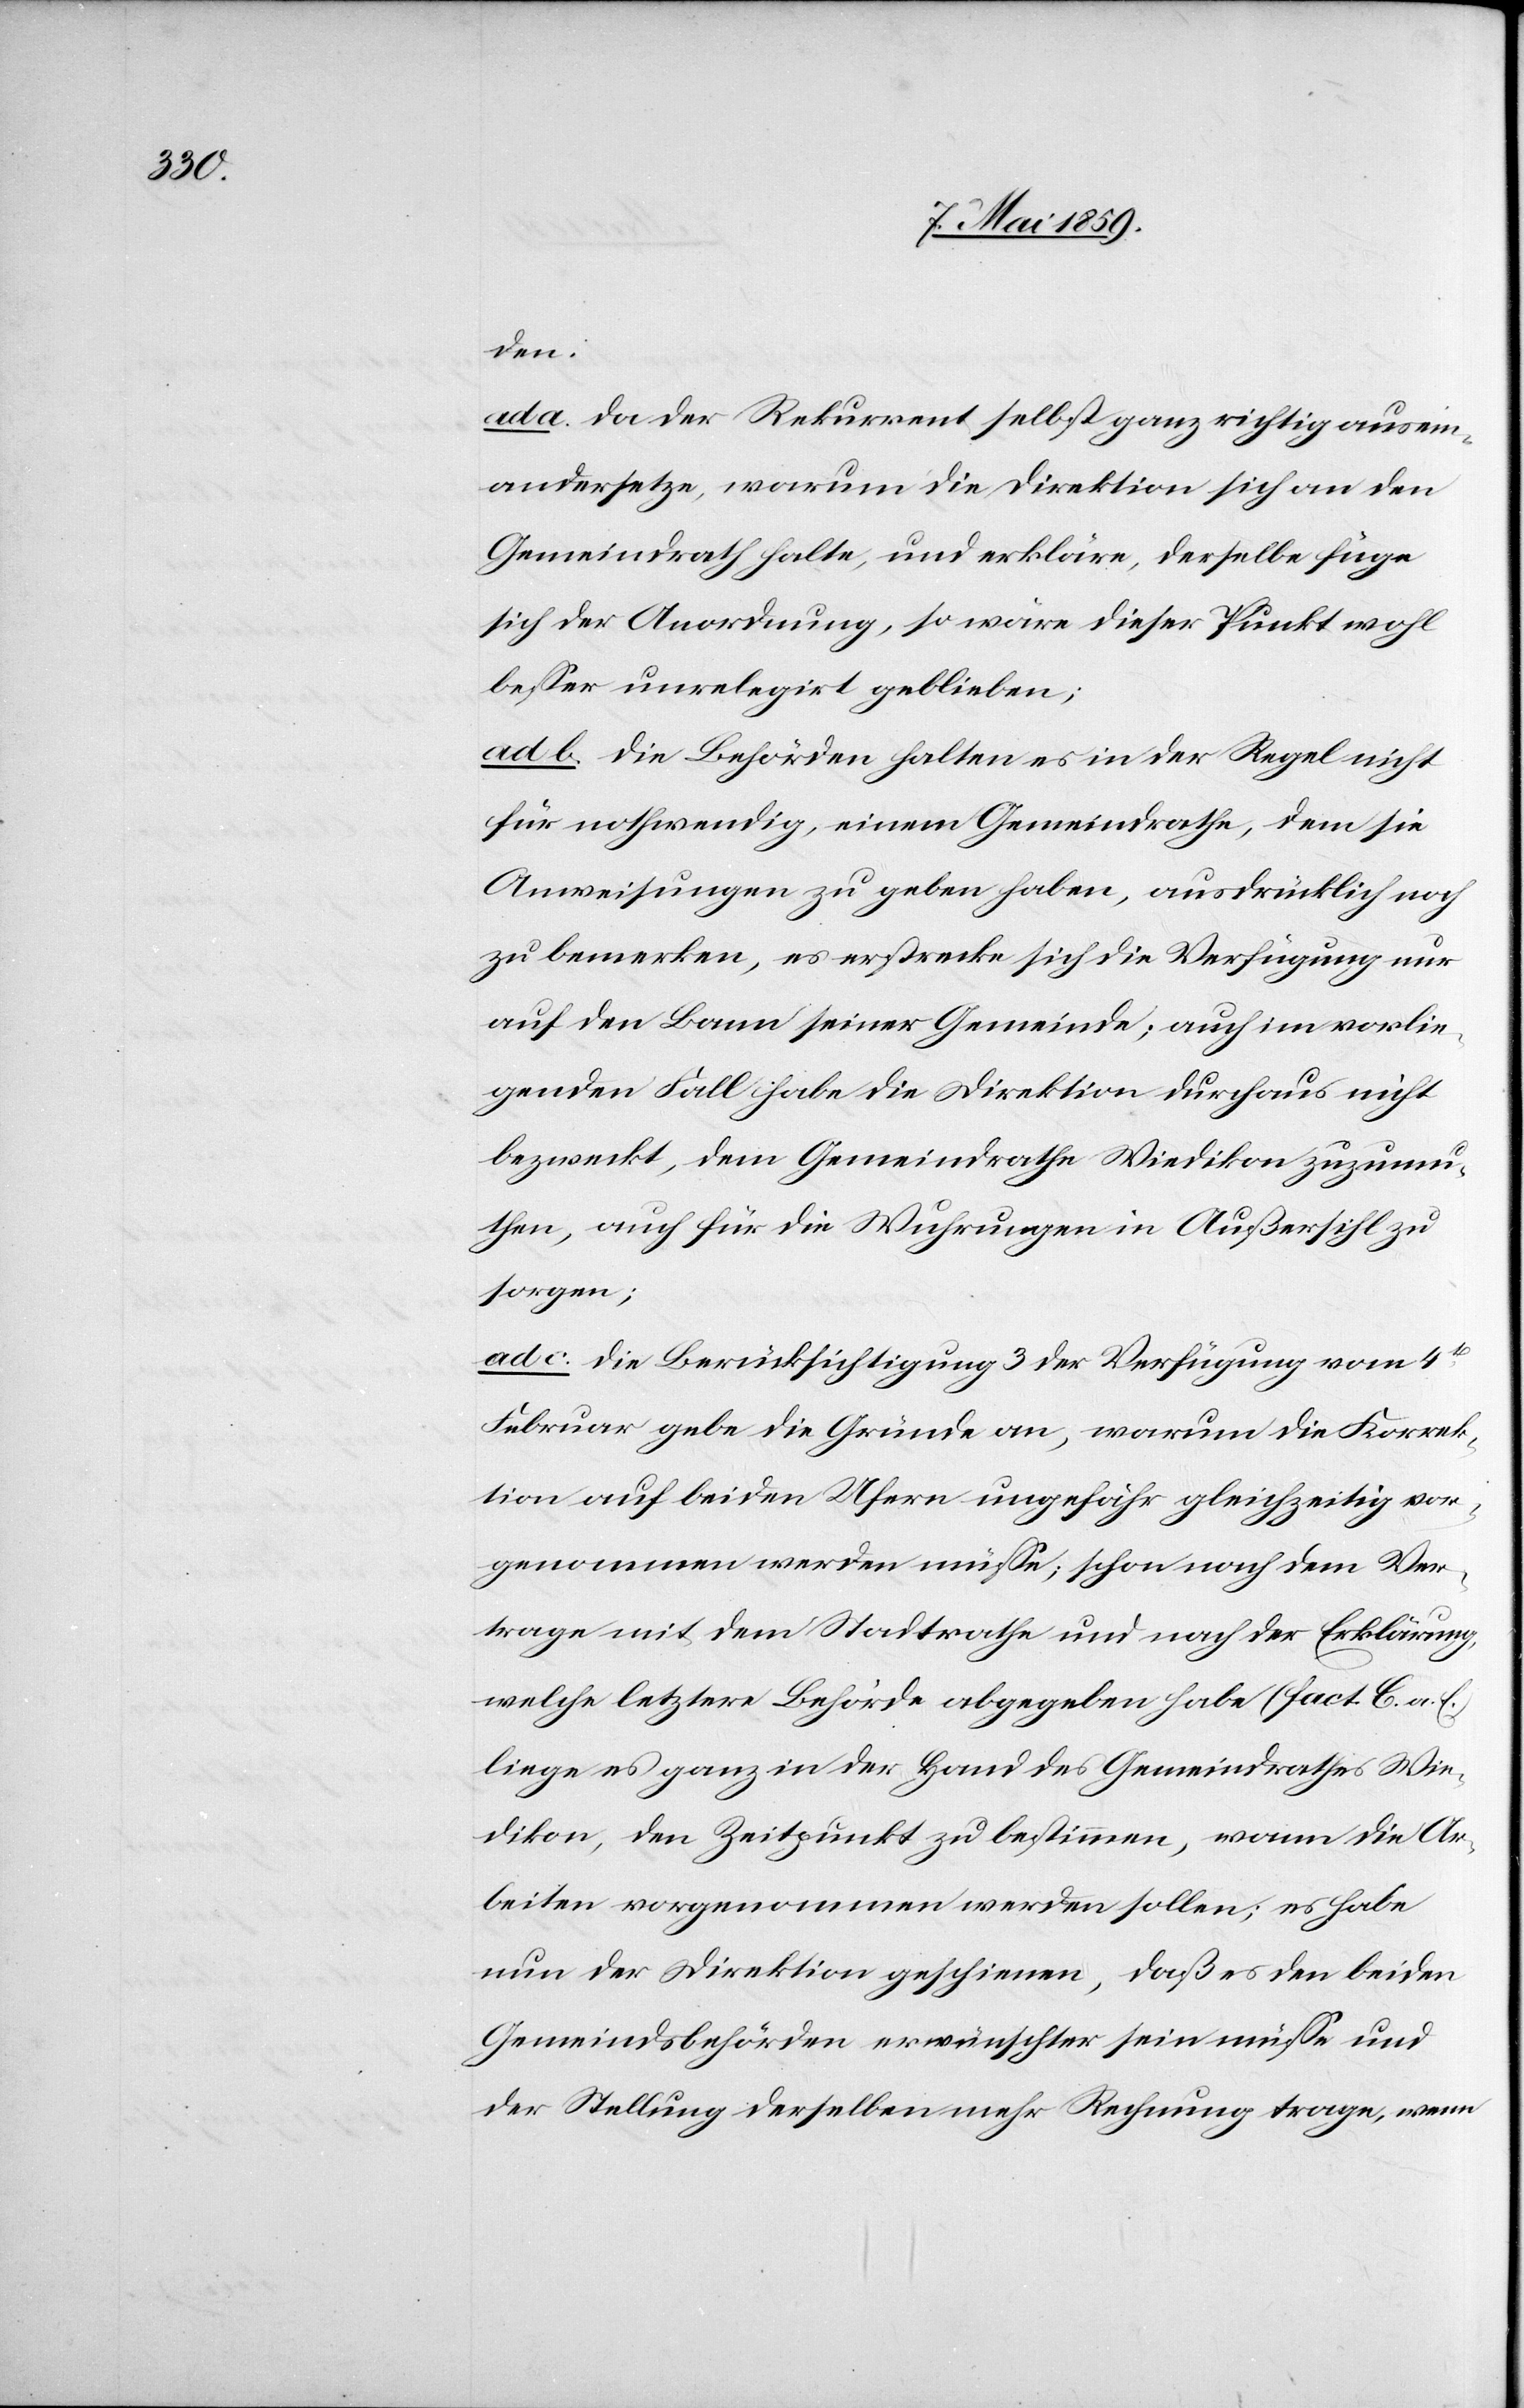
den.
ad a. Da der Rekurrent selbst ganz richtig ausein¬
andersetze, warum die Direktion sich an den
Gemeindrath halte, und erkläre, derselbe füge
sich der Anordnung, so wäre dieser Punkt wohl
beßer unrelegirt geblieben;
ad b. Die Behörden halten es in der Regel nicht
für nothwendig, einem Gemeindrathe, dem sie
Anweisungen zu geben haben, ausdrücklich noch
zu bemerken, es erstrecke sich die Verfügung nur
auf den Bann seiner Gemeinde; auch im vorlie¬
genden Fall habe die Direktion durchaus nicht
bezweckt, dem Gemeindrathe Wiedikon zuzumu¬
then, auch für die Wuhrungen in Außersihl zu
sorgen;
ad c. Die Berücksichtigung 3 der Verfügung vom 4t
Februar gebe die Gründe an, warum die Korrek¬
tion auf beiden Ufern ungefähr gleichzeitig vor¬
genommen werden müße; schon nach dem Ver¬
trage mit dem Stadtrathe und nach der Erklärung,
welche letztere Behörde abgegeben habe (fact. C. a. E.)
liege es ganz in der Hand des Gemeindrathes Wie¬
dikon, den Zeitpunkt zu bestimmen, wann die Ar¬
beiten vorgenommen werden sollen; es habe
nun der Direktion geschienen, daß es den beiden
Gemeindsbehörden erwünschter sein müße und
der Stellung derselben mehr Rechnung trage, wenn